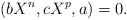
\begin{align*}(bX^n , cX^p , a) = 0.\end{align*}